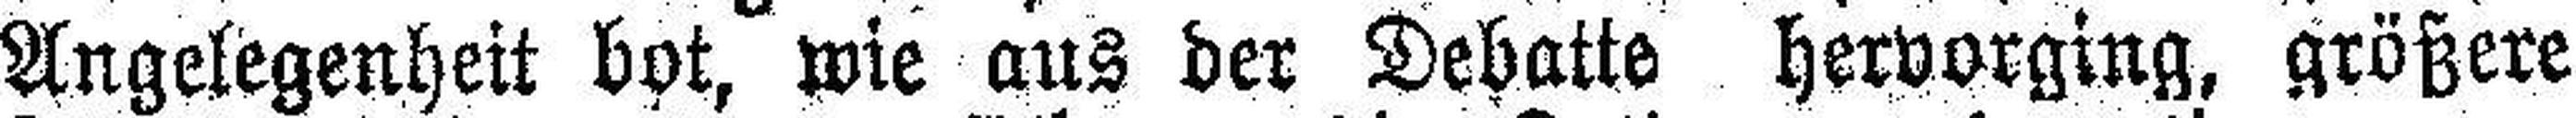
Angelegenheit bot, wie aus der Debatte hervorging, größere